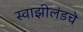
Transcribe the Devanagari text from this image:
स्वाझीलंडचे